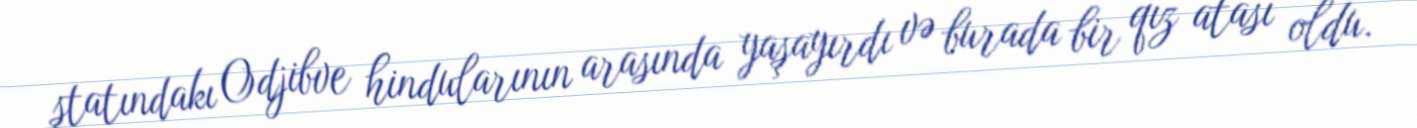
ştatındakı Odjibve hindularının arasında yaşayırdı və burada bir qız atası oldu.